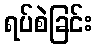
ရပ်စဲခြင်း